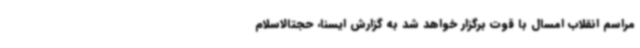
مراسم انقلاب امسال با قوت برگزار خواهد شد به گزارش ایسنا، حجتالاسلام